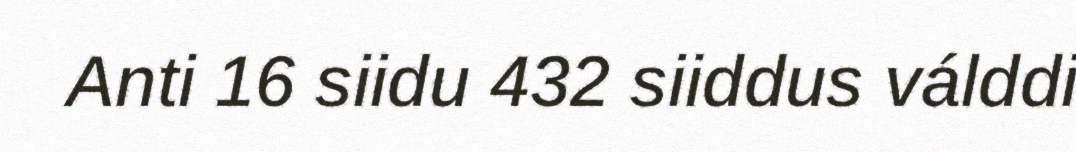
Anti 16 siidu 432 siiddus válddi